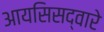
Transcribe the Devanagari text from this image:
आयसिसद्वारे